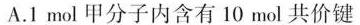
A.1mol甲分子内含有10mol共价键